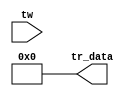
module nios_system_nios2_qsys_0_nios2_oci_pib_1 (
                                                 tw,
                                                 tr_data
                                              )
;
  output  [ 35: 0] tr_data;
  input   [ 35: 0] tw;
  wire    [ 35: 0] tr_data;
  assign tr_data = 0 ? tw : 0;
endmodule